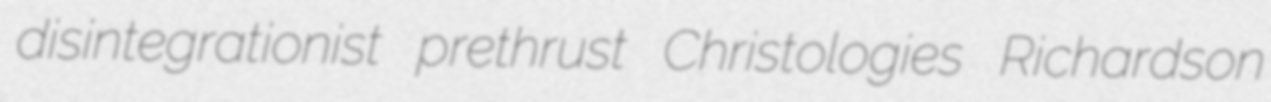
disintegrationist prethrust Christologies Richardson